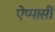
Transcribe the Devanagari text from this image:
ऐप्पासी